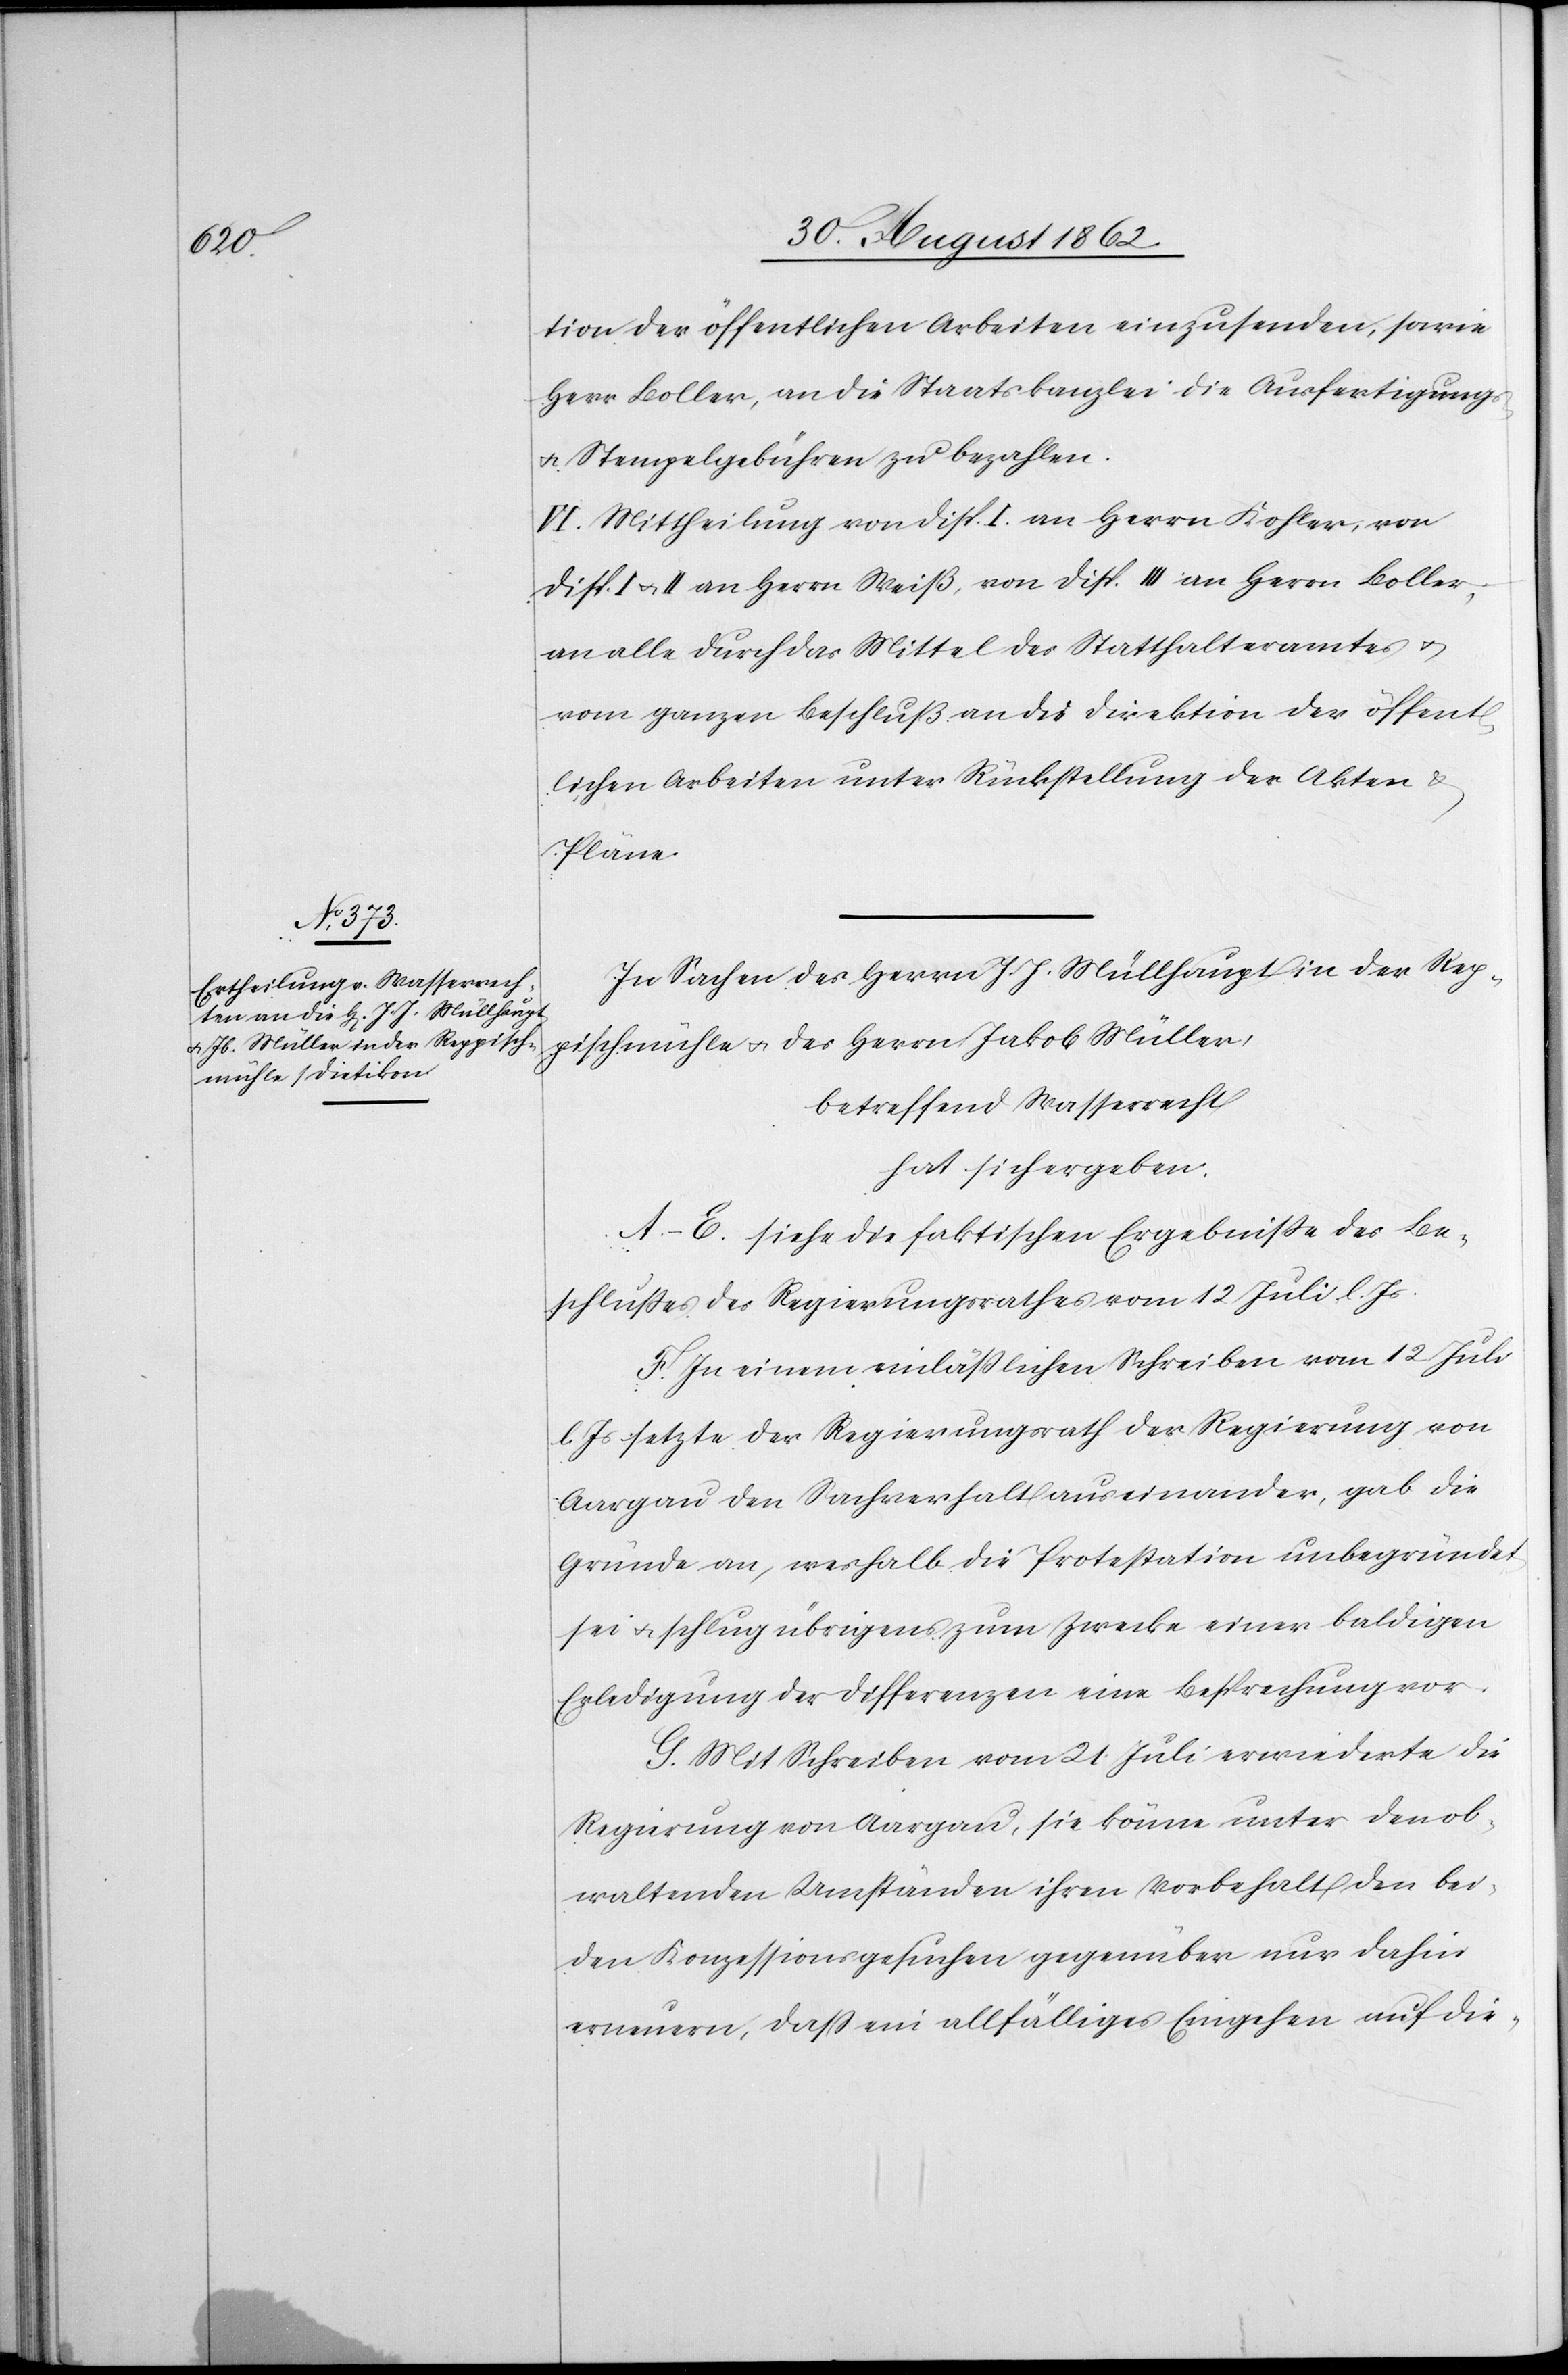
tion der öffentlichen Arbeiten einzusenden, sowie
Herr Boller, an die Staatskanzlei die Ausfertigungs-
u. Stempelgebühren zu bezahlen.
VI. Mittheilung von Disp. I. an Herrn Kohler, von
Disp. I u. II an Herrn Weiß, von Disp. III an Herrn Boller,
an alle durch das Mittel des Statthalteramtes u.
vom ganzen Beschluß an die Direktion der öffent¬
lichen Arbeiten unter Rückstellung der Akten u.
Pläne.
In Sachen der Herren J. J. Müllhaupt in der Rep¬
pischmühle und des Herrn Jakob Müller,
betreffend Wasserrecht
hat sich ergeben:
A.–E. siehe die faktischen Ergebnisse des Be¬
schlusses des Regierungsrathes vom 12. Juli l. Js.
F. In einem einläßlichen Schreiben vom 12. Juli
l. Js. setzte der Regierungsrath der Regierung von
Aargau den Sachverhalt auseinander, gab die
Gründe an, weshalb die Protestation unbegründet
sei u. schlug übrigens zum Zwecke einer baldigen
Erledigung der Differenzen eine Besprechung vor.
G. Mit Schreiben vom 21. Juli erwiderte die
Regierung von Aargau, sie könne unter den ob¬
waltenden Umständen ihren Vorbehalt den bei¬
den Konzessionsgesuchen gegenüber nur dahin
erneuern, daß ein allfälliges Eingehen auf die-